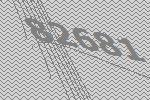
82681